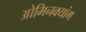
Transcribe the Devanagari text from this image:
ओमिनक्यांग